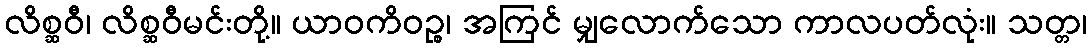
လိစ္ဆဝီ၊ လိစ္ဆဝီမင်းတို့။ ယာဝကိဝဉ္စ၊ အကြင် မျှလောက်သော ကာလပတ်လုံး။ သတ္တ၊